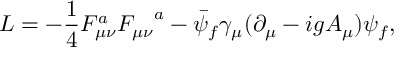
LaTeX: { \cal L } = - { \frac { 1 } { 4 } } F _ { \mu \nu } ^ { a } { F _ { \mu \nu } } ^ { a } - \bar { \psi } _ { f } \gamma _ { \mu } ( \partial _ { \mu } - i g A _ { \mu } ) \psi _ { f } ,